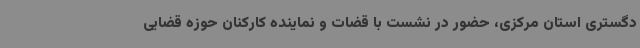
دگستری استان مرکزی، حضور در نشست با قضات و نماینده کارکنان حوزه قضایی